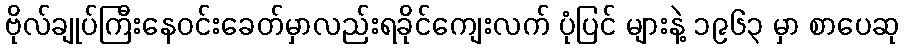
ဗိုလ်ချုပ်ကြီးနေဝင်းခေတ်မှာလည်းရခိုင်ကျေးလက် ပုံပြင် များနဲ့ ၁၉၆၃ မှာ စာပေဆု